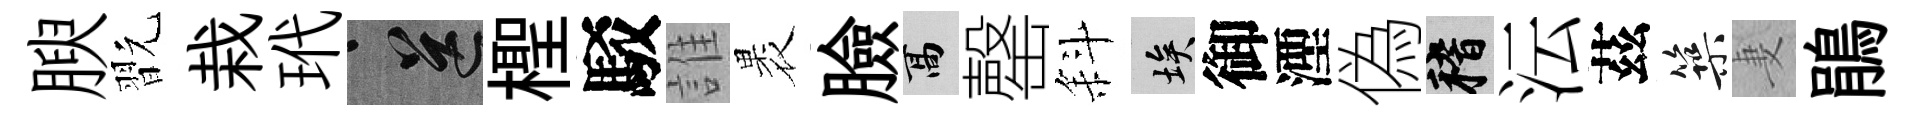
腴翫栽玳送檉駁誰褁臉高罄斜埃御湮偽稽沄茲築妻鵑